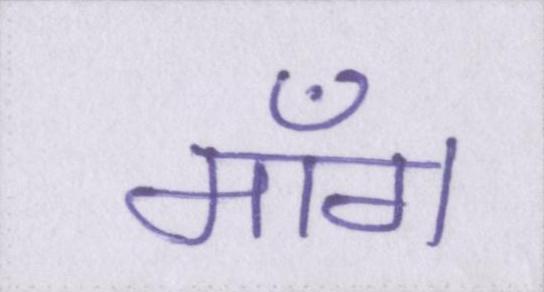
माँग